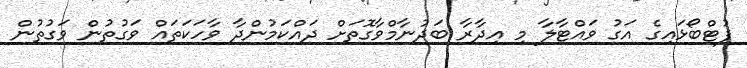
ފުޓްބޯޅައިގެ އަގު ވައްޓާލާ މި އިދާރާ ބަދުނާމްވާގޮތަށް ދައްކަމުންދާ ވާހަކަތައް ވަގުތުން ވަގުތުން